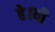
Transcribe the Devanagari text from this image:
हे।यी